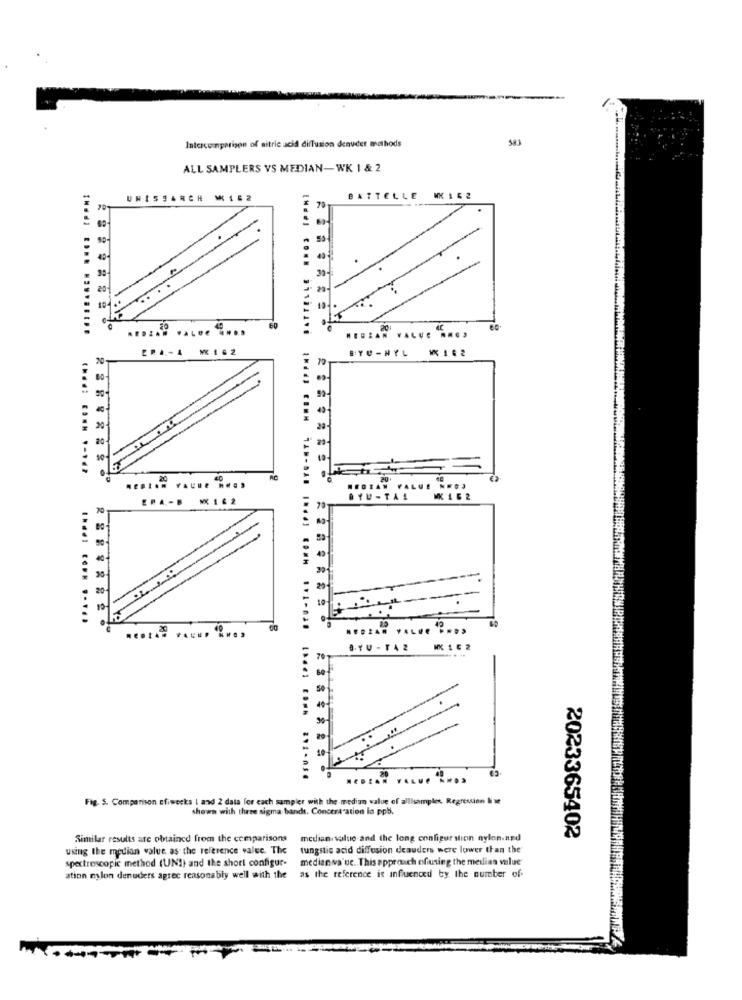
583
Intercomparison of nitric acid diffusion denuder methods
ALL SAMPLERS VS MEDIAN-WK 1 & 2
UNISSANCH M152
BATTELLE KKIS2
I .... .... .........
60
MEDZAN YALUC RARŞ
BYU-NYL W162
40
LUE
ERA-B
MIL2
OYU-TAI
MK 1 62
20
--
-
12
...... ..... ....
10-
MEDIAN VALUE UNOS
Fig. S. Comparison sfiwecks ! and 2 data for each sampler with the medium value of alllsamples. Regression li ve
shown with three sigma bands. Concertation lo ppb.
Similar results are obtained from the comparisons
median value and the long configuration nylon.nad
2023365402
using the median value as the reference value. The
tungstic acid diffusion deauders were lower than the
spectroscopic method (UNI) and the short configur- mediania ue. This approach ofusing the metlian value
ation mylon denuders agrec reasonably well with the as the reference is influenced by. the number of.